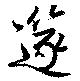
笛